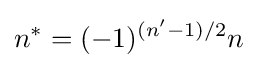
n^{*}=(-1)^{(n'-1)/2}n